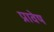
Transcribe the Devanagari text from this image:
प्रावेष